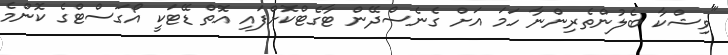
"ވިޝްކާ ބެލުންތެރިންނާ ހަމަ އަށް ގެނެސްދޭން ޓާގެޓްކޮށްފައި އޮތް ޑޭޓަކީ އޯގަސްޓްގެ ކޮންމެ